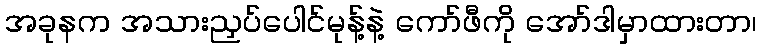
အခုနက အသားညှပ်ပေါင်မုန့်နဲ့ ကော်ဖီကို အော်ဒါမှာထားတာ၊